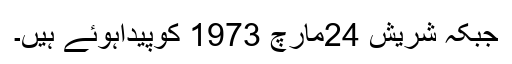
جبکہ شریش 24مارچ 1973 کوپیداہوئے ہیں۔